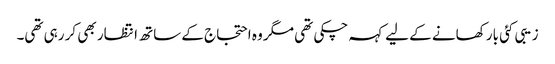
زیبی کئی بار کھانے کے لیے کہہ چکی تھی مگر وہ احتجاج کے ساتھ انتظار بھی کر رہی تھی۔